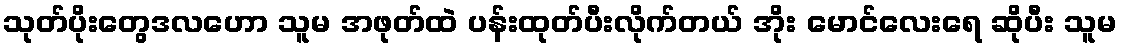
သုတ်ပိုးတွေဒလဟော သူမ အဖုတ်ထဲ ပန်းထုတ်ပီးလိုက်တယ် အိုး မောင်လေးရေ ဆိုပီး သူမ